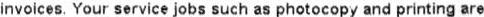
INVOICES, YOUR SERVICE JOBS SUCH AS PHOTOCOPY AND PRINTING ARE